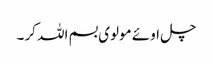
چل اوئے مولوی بسم اللہ کر۔